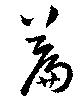
篇